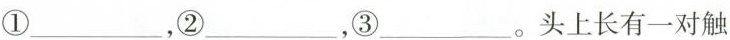
①___，②___，③___。头上长有一对触